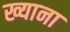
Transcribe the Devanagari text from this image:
ख्याना